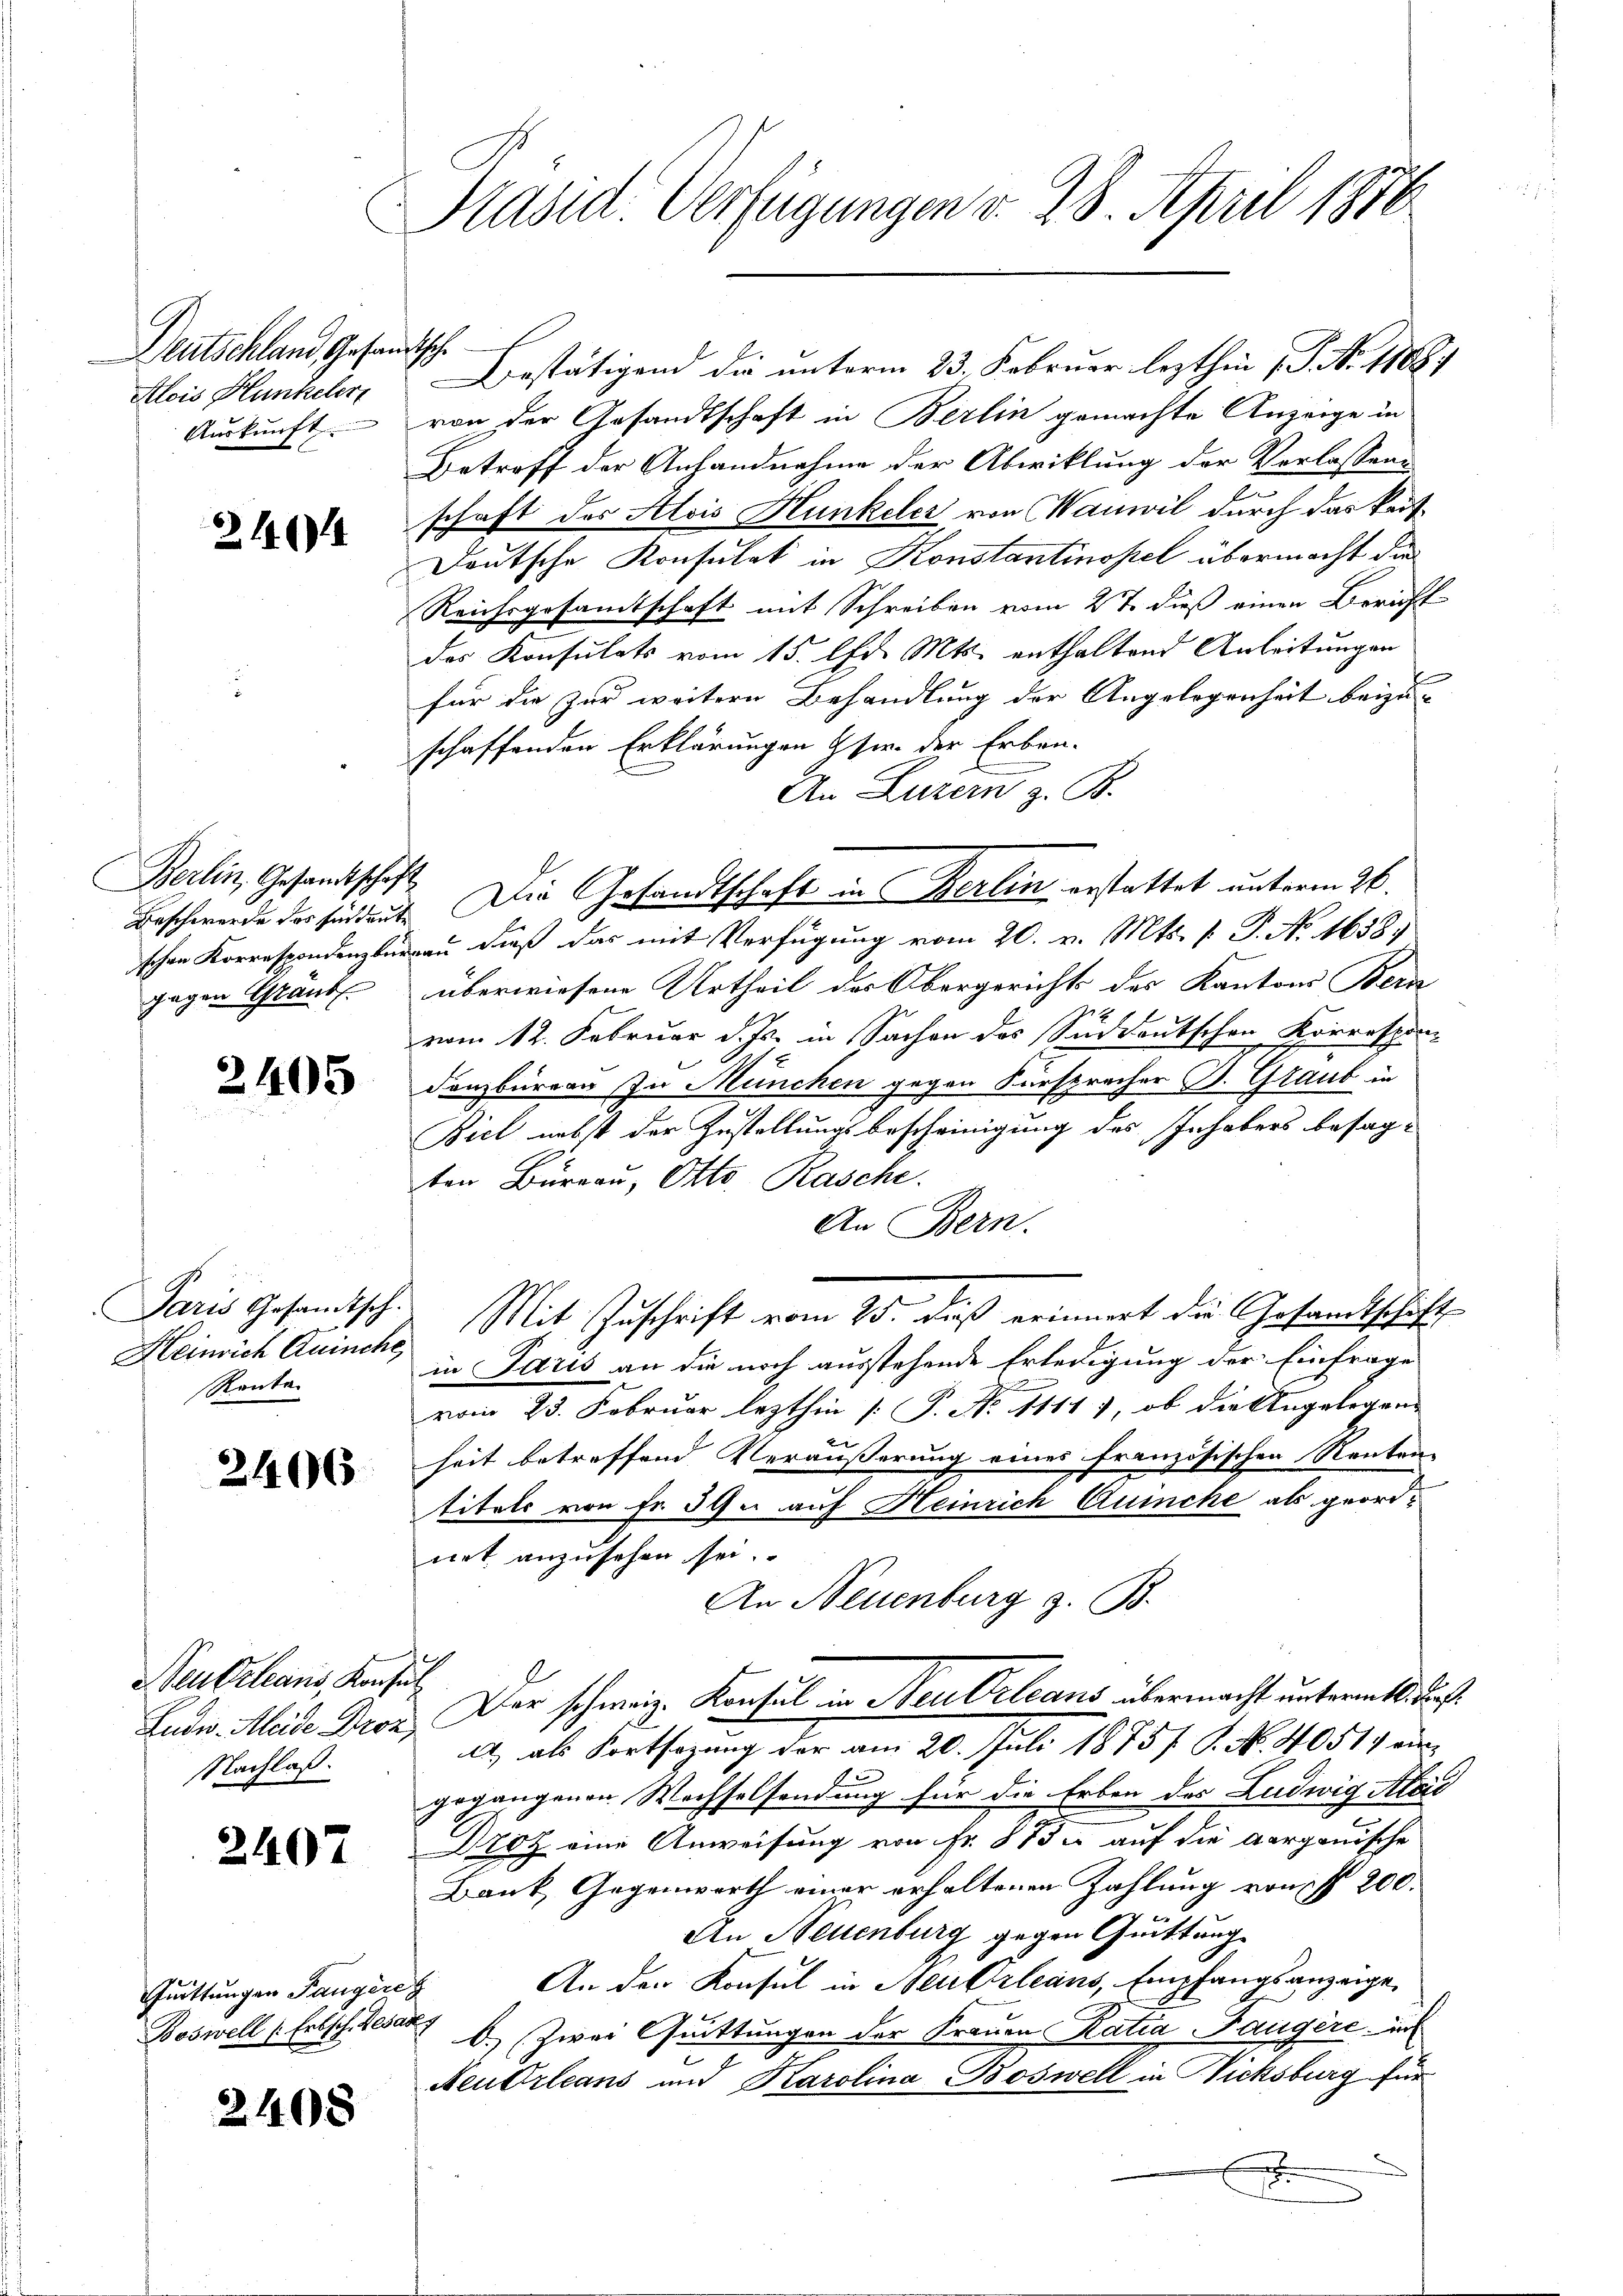
Deutschland Gesan
Alois Hunkeler
Auskunft.

2146

Berlin, Gesandtschaft
Beschwerde vor sind deute

2405

Paris Gesandtsch.
Heinrich Quinche
Ranta.

2406

Neubeleans, Konsul
Eudw. Kleide Droz
Nachlaß.

2407

Quittungen Tangere

2408

Präsid. Verfügungen v. 28. April 1876

H.
Bestätigend die unterm 23. Februar lezthin (S. Nr. 1888.
von der Gesandtschaft in Berlin gemachte Anzeige in
Betroff der Anhandnahme der Abwicklung der Verlassens
schaft des Alois Hunkeler von Wanwil durch das kauf¬
Deutsche Konsulat in Konstantinopel übermacht die
Reichsgesamtschaft mit Schreiben vom 27. dieß einen Bericht
des Konsulats vom 15. Chr. Mts. enthaltend Anleitungen
für die zur weitere Behandlung der Angelegenheit beizu-
schaffenden Erklärungen sie der Erben-
An Luzern z. B.
Die Gesandtschaft in Berlin erstattet unterm 26.
schen Korrespondenzburgau dieß das mit Verfügung vom 20. v. Mts. v. P. No. 1658.
gegen Graub. überwiesene Urtheil der Obergerichts der Kantons Bern
vom 12. Februar d. Js. in Sachen des Süddeutschen Korrespon-
danzbüreau In München gegen Fürsprecher B. Graub in
Biel nebst der Zustellungsbescheinigung des Inhabers besagten Büreau, Otto. Rasche.
An Bern.
Mit Zuschrift vom 25. dieß erinnert die Gesandtschaft
in Paris an die noch ausstehende Erledigung der Einfrage
vom 23. Februar lezthin [P. No 1111), ob die Angelegen
heit betreffend Veräusserung eines französischen Renten-
titels von Fr. 39. auf Heinrich Quinche als geordnet anzusehen sei.
An Neuenburg z. B.
Der schweiz. Konsul in Steu Orleans übermacht unterm 10. d. h.
A., als Fortsazung der am 20. Juli 1875. P. Nr. 40519 ein
gegangenen Wechselsendung für die Erben des Ludwig Alois
Droz eine Anweisung von Fr. 873 auf die aargauische
Bank, Gegenworth einer erhaltenen Zahlung von § 200.
An Neuenburg gegen Quittung
An den Konsul in Neu Orleans, Empfangsanzeige,
h
Boswell (Erbschied b.) Zwai Quittungen der Frauen Ratia Taugere un
NeuOrleans und Karolina Boswell in ichsburg für
x